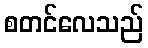
စတင်လေသည်